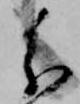
分